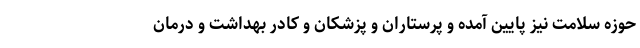
حوزه سلامت نیز پایین آمده و پرستاران و پزشکان و کادر بهداشت و درمان